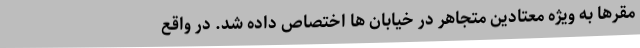
مقرها به ویژه معتادین متجاهر در خیابان ها اختصاص داده شد. در واقع